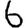
Digit: 6